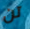
تن